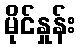
မိုင်နှုန်း